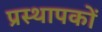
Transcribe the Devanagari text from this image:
प्रस्थापकों